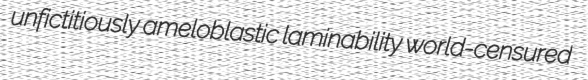
unfictitiously ameloblastic laminability world-censured